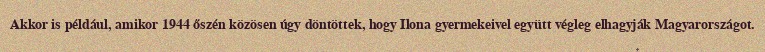
Akkor is például, amikor 1944 őszén közösen úgy döntöttek, hogy Ilona gyermekeivel együtt végleg elhagyják Magyarországot.